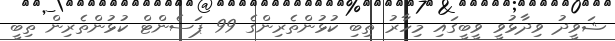
ޝަވީދު ވިދާޅުވީ ވީބީގައި މިހާރު ތިބި ކުޅުންތެރިންގެ 99 ޕަސެންޓް ކުޅުންތެރިން ތިބީ